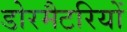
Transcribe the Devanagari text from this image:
डोरमैटरियों